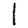
Digit: 1